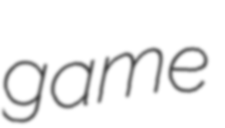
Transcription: game